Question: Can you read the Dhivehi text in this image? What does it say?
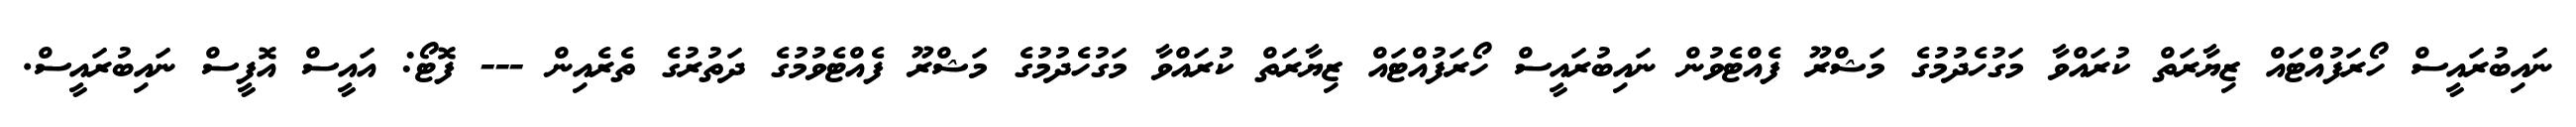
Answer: ނައިބުރައީސް ހޯރަފުއްޓައް ޒިޔާރަތް ކުރައްވާ މަގުހެދުމުގެ މަޝްރޫ ފެއްޓެވުން ނައިބުރައީސް ހޯރަފުއްޓައް ޒިޔާރަތް ކުރައްވާ މަގުހެދުމުގެ މަޝްރޫ ފެއްޓެވުމުގެ ދަތުރުގެ ތެރެއިން --- ފޮޓޯ: އައީސް އޮފީސް ނައިބުރައީސް.